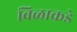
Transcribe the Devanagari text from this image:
बिळाकडे